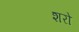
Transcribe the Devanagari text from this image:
शरो